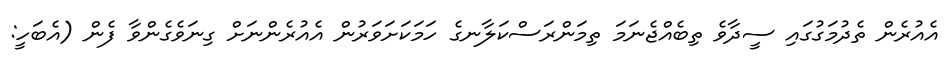
އެއުރެން ތެދުމަގުގައި ސީދާވެ ތިބެއްޖެނަމަ ތިމަންރަސްކަލާނގެ ހަމަކަށަވަރުން އެއުރެންނަށް ގިނަވެގެންވާ ފެން (އެބަހީ: